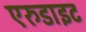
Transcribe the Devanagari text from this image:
एरुडाइट